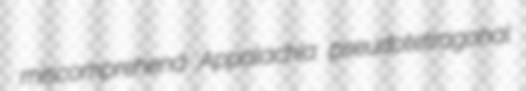
miscomprehend Appalachia pseudotetragonal